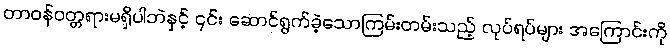
တာဝန်ဝတ္တရားမရှိပါဘဲနှင့် ၎င်း ဆောင်ရွက်ခဲ့သောကြမ်းတမ်းသည့် လုပ်ရပ်များ အကြောင်းကို